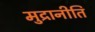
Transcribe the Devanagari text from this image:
मुद्रानीति